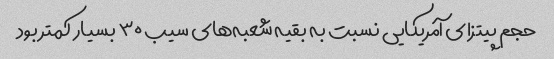
حجم پیتزای آمریکایی نسبت به بقیه شعبه‌های سیب ٣٠ بسیار کمتر بود